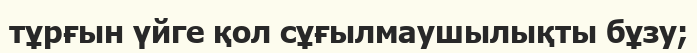
тұрғын үйге қол сұғылмаушылықты бұзу;